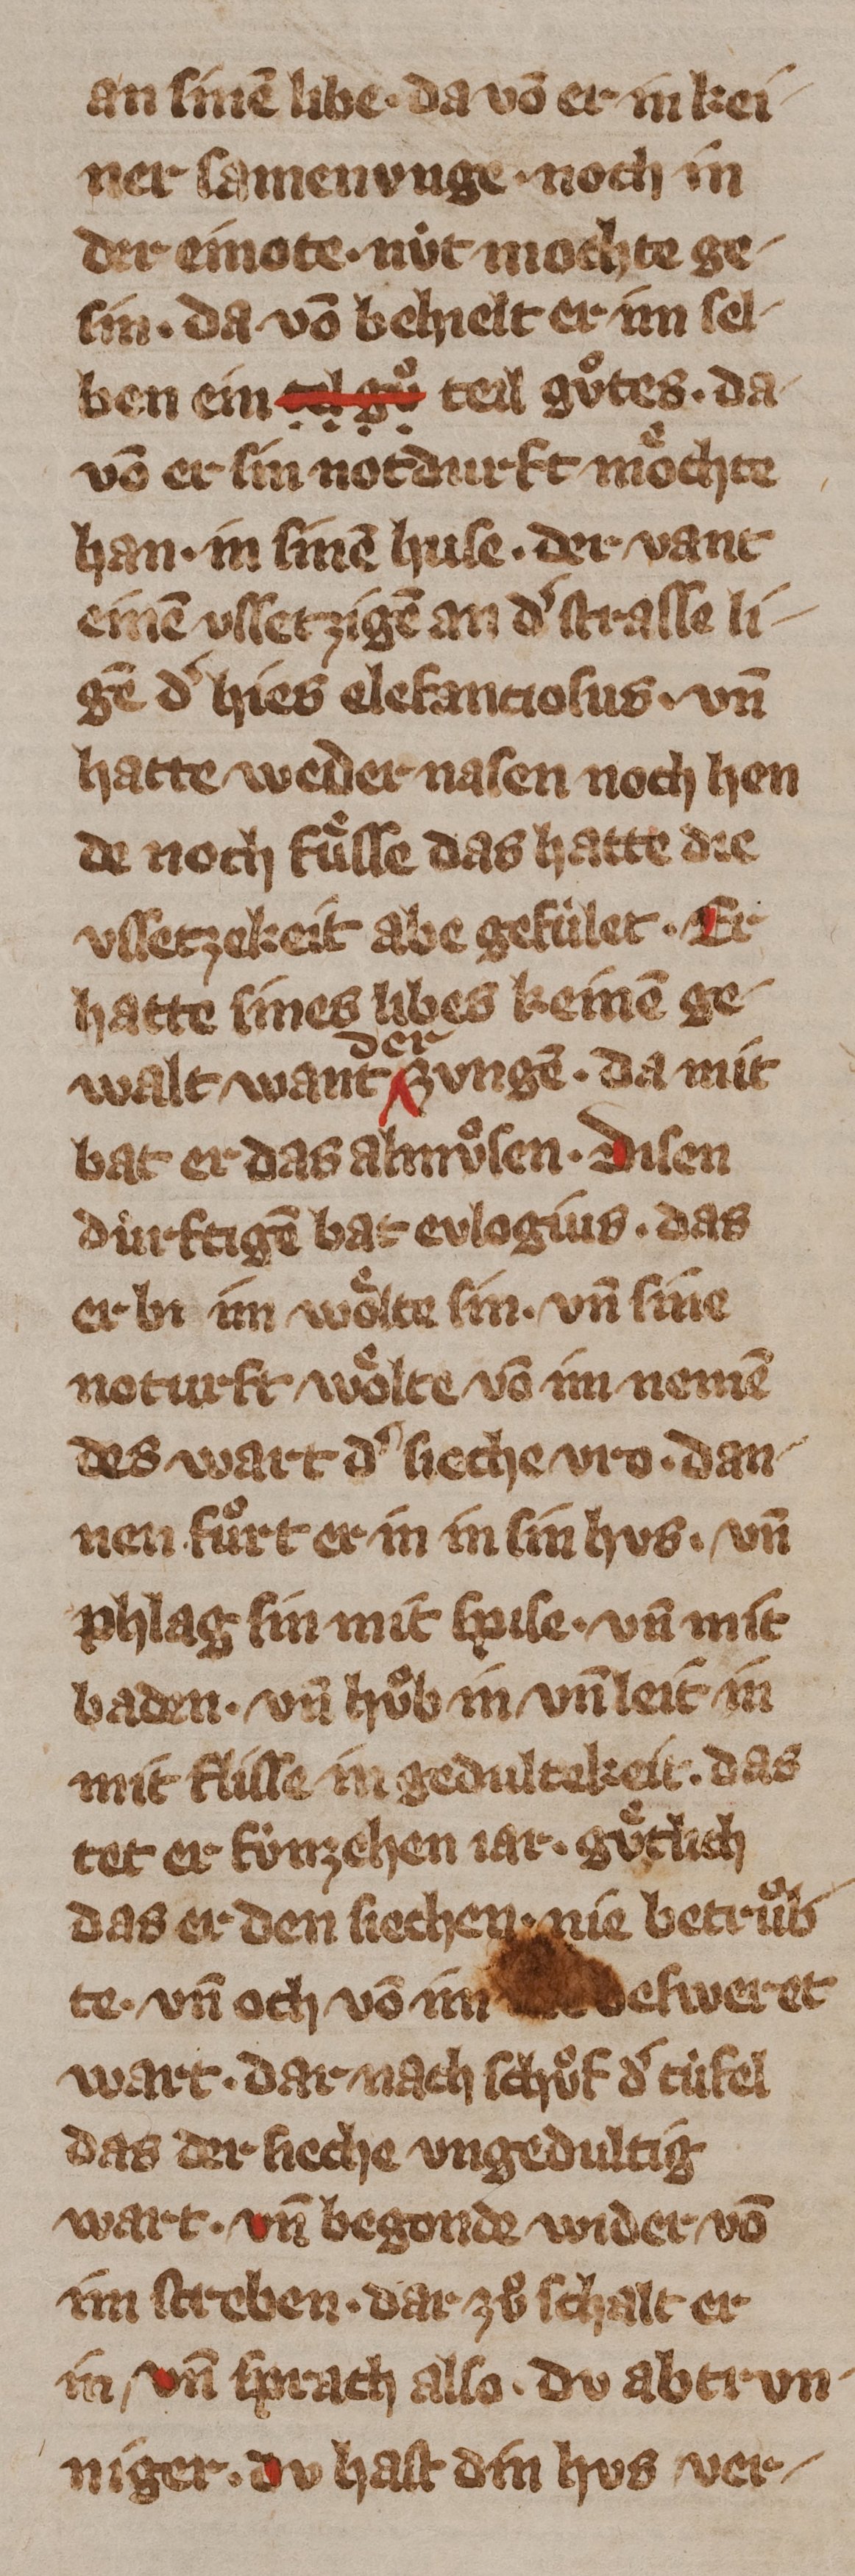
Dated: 1355–1385